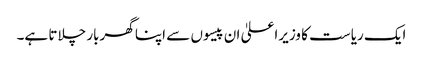
ایک ریاست کا وزیراعلیٰ ان پیسوں سے اپنا گھربار چلاتا ہے۔